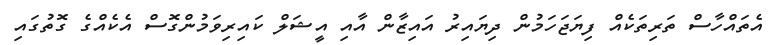
އެތައްހާސް ތަރިތަކެއް ފިޔަޖަހަމުން ދިޔައިރު އައިޒާން އާއި އީޝަލް ކައިރިވަމުންގޮސް އެކެއްގެ ގޮތުގައި